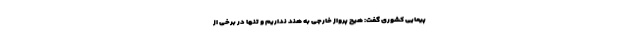
پیمایی کشوری گفت: هیچ پرواز خارجی به هند نداریم و تنها در برخی از